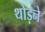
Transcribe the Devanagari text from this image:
थोड़ने